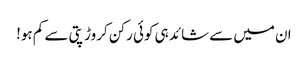
ان میں سے شائد ہی کوئی رکن کروڑ پتی سے کم ہو!